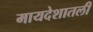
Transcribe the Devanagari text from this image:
मायदेशातली